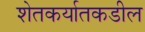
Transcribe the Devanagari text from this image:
शेतकर्यातकडील